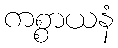
ကစ္စာယနံ